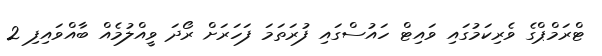
ޓްރަމްޕްގެ ވެރިކަމުގައި ވައިޓް ހައުސްގައި ފުރަތަމަ ފަހަރަށް ރޯދަ ވީއްލުމެއް ބާއްވައިފި 2